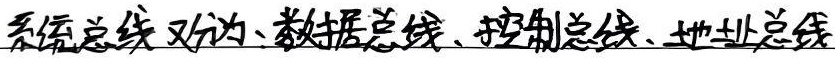
系统总线又分为：数据总线、控制总线、地址总线